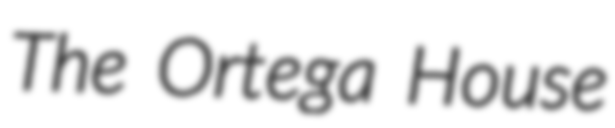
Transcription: The Ortega House